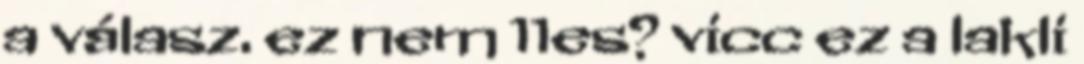
a válasz. ez nem 11es? vicc ez a lakli